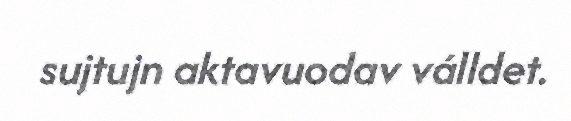
sujtujn aktavuodav válldet.